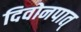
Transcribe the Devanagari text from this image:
दिवोनपात्